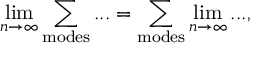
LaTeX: \operatorname * { l i m } _ { n \rightarrow \infty } \sum _ { \mathrm { m o d e s } } . . . = \sum _ { \mathrm { m o d e s } } \operatorname * { l i m } _ { n \rightarrow \infty } . . . ,